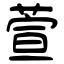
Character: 萱